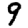
Digit: 9